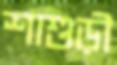
শাশুড়ী